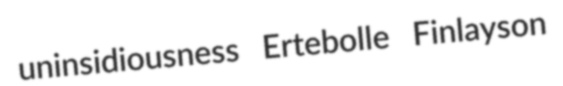
uninsidiousness Ertebolle Finlayson